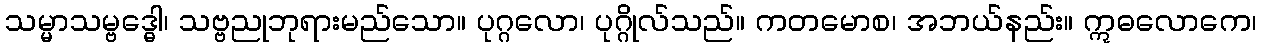
သမ္မာသမ္ဗဒ္ဓေါ၊ သဗ္ဗညုဘုရားမည်သော။ ပုဂ္ဂလော၊ ပုဂ္ဂိုလ်သည်။ ကတမောစ၊ အဘယ်နည်း။ ဣဓလောကေ၊